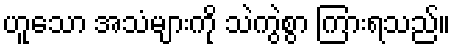
ဟူသော အသံများကို သဲကွဲစွာ ကြားရသည်။